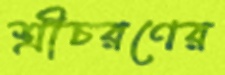
শ্রীচরণের